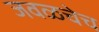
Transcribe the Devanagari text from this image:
जवळचेच